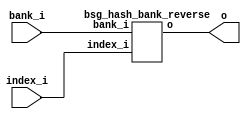


module top
(
  index_i,
  bank_i,
  o
);

  input [15:0] index_i;
  input [0:0] bank_i;
  output [15:0] o;

  bsg_hash_bank_reverse
  wrapper
  (
    .index_i(index_i),
    .bank_i(bank_i),
    .o(o)
  );


endmodule



module bsg_hash_bank_reverse
(
  index_i,
  bank_i,
  o
);

  input [15:0] index_i;
  input [0:0] bank_i;
  output [15:0] o;
  wire [15:0] o;
  assign o[15] = index_i[15];
  assign o[14] = index_i[14];
  assign o[13] = index_i[13];
  assign o[12] = index_i[12];
  assign o[11] = index_i[11];
  assign o[10] = index_i[10];
  assign o[9] = index_i[9];
  assign o[8] = index_i[8];
  assign o[7] = index_i[7];
  assign o[6] = index_i[6];
  assign o[5] = index_i[5];
  assign o[4] = index_i[4];
  assign o[3] = index_i[3];
  assign o[2] = index_i[2];
  assign o[1] = index_i[1];
  assign o[0] = index_i[0];

endmodule